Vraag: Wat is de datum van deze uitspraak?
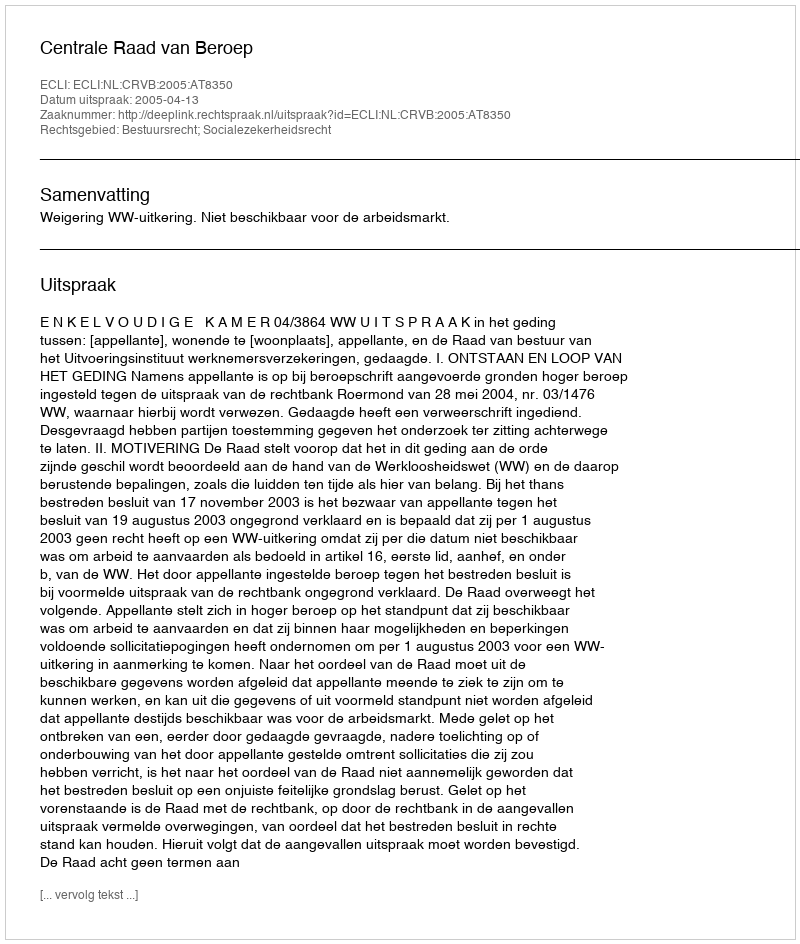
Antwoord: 2005-04-13